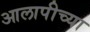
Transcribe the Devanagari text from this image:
आलापीच्या